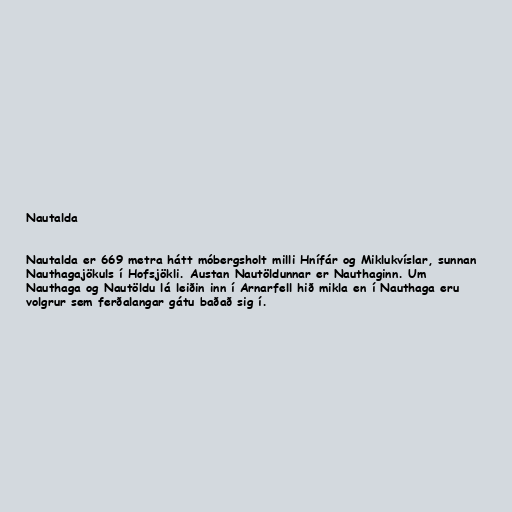
Nautalda

Nautalda er 669 metra hátt móbergsholt milli Hnífár og Miklukvíslar, sunnan
Nauthagajökuls í Hofsjökli. Austan Nautöldunnar er Nauthaginn. Um
Nauthaga og Nautöldu lá leiðin inn í Arnarfell hið mikla en í Nauthaga eru
volgrur sem ferðalangar gátu baðað sig í.